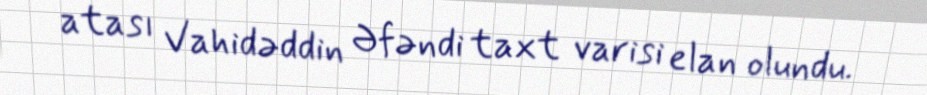
atası Vahidəddin Əfəndi taxt varisi elan olundu.